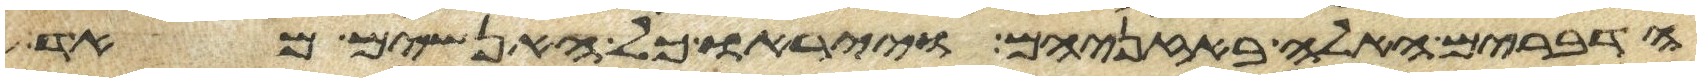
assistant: הדברים האלה באזניהם וייראו כל האנשים מאד